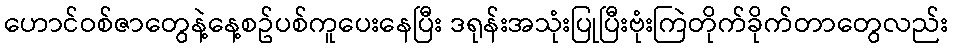
ဟောင်ဝစ်ဇာတွေနဲ့နေ့စဥ်ပစ်ကူပေးနေပြီး ဒရုန်းအသုံးပြုပြီးဗုံးကြဲတိုက်ခိုက်တာတွေလည်း